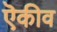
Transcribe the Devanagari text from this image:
ऎकीव